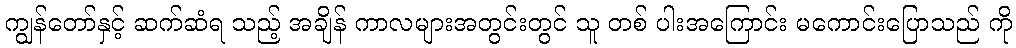
ကျွန်တော်နှင့် ဆက်ဆံရ သည့် အချိန် ကာလများအတွင်းတွင် သူ တစ် ပါးအကြောင်း မကောင်းပြောသည် ကို